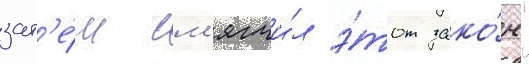
зат'е́м см'ягчи́л э́тот зако́н"